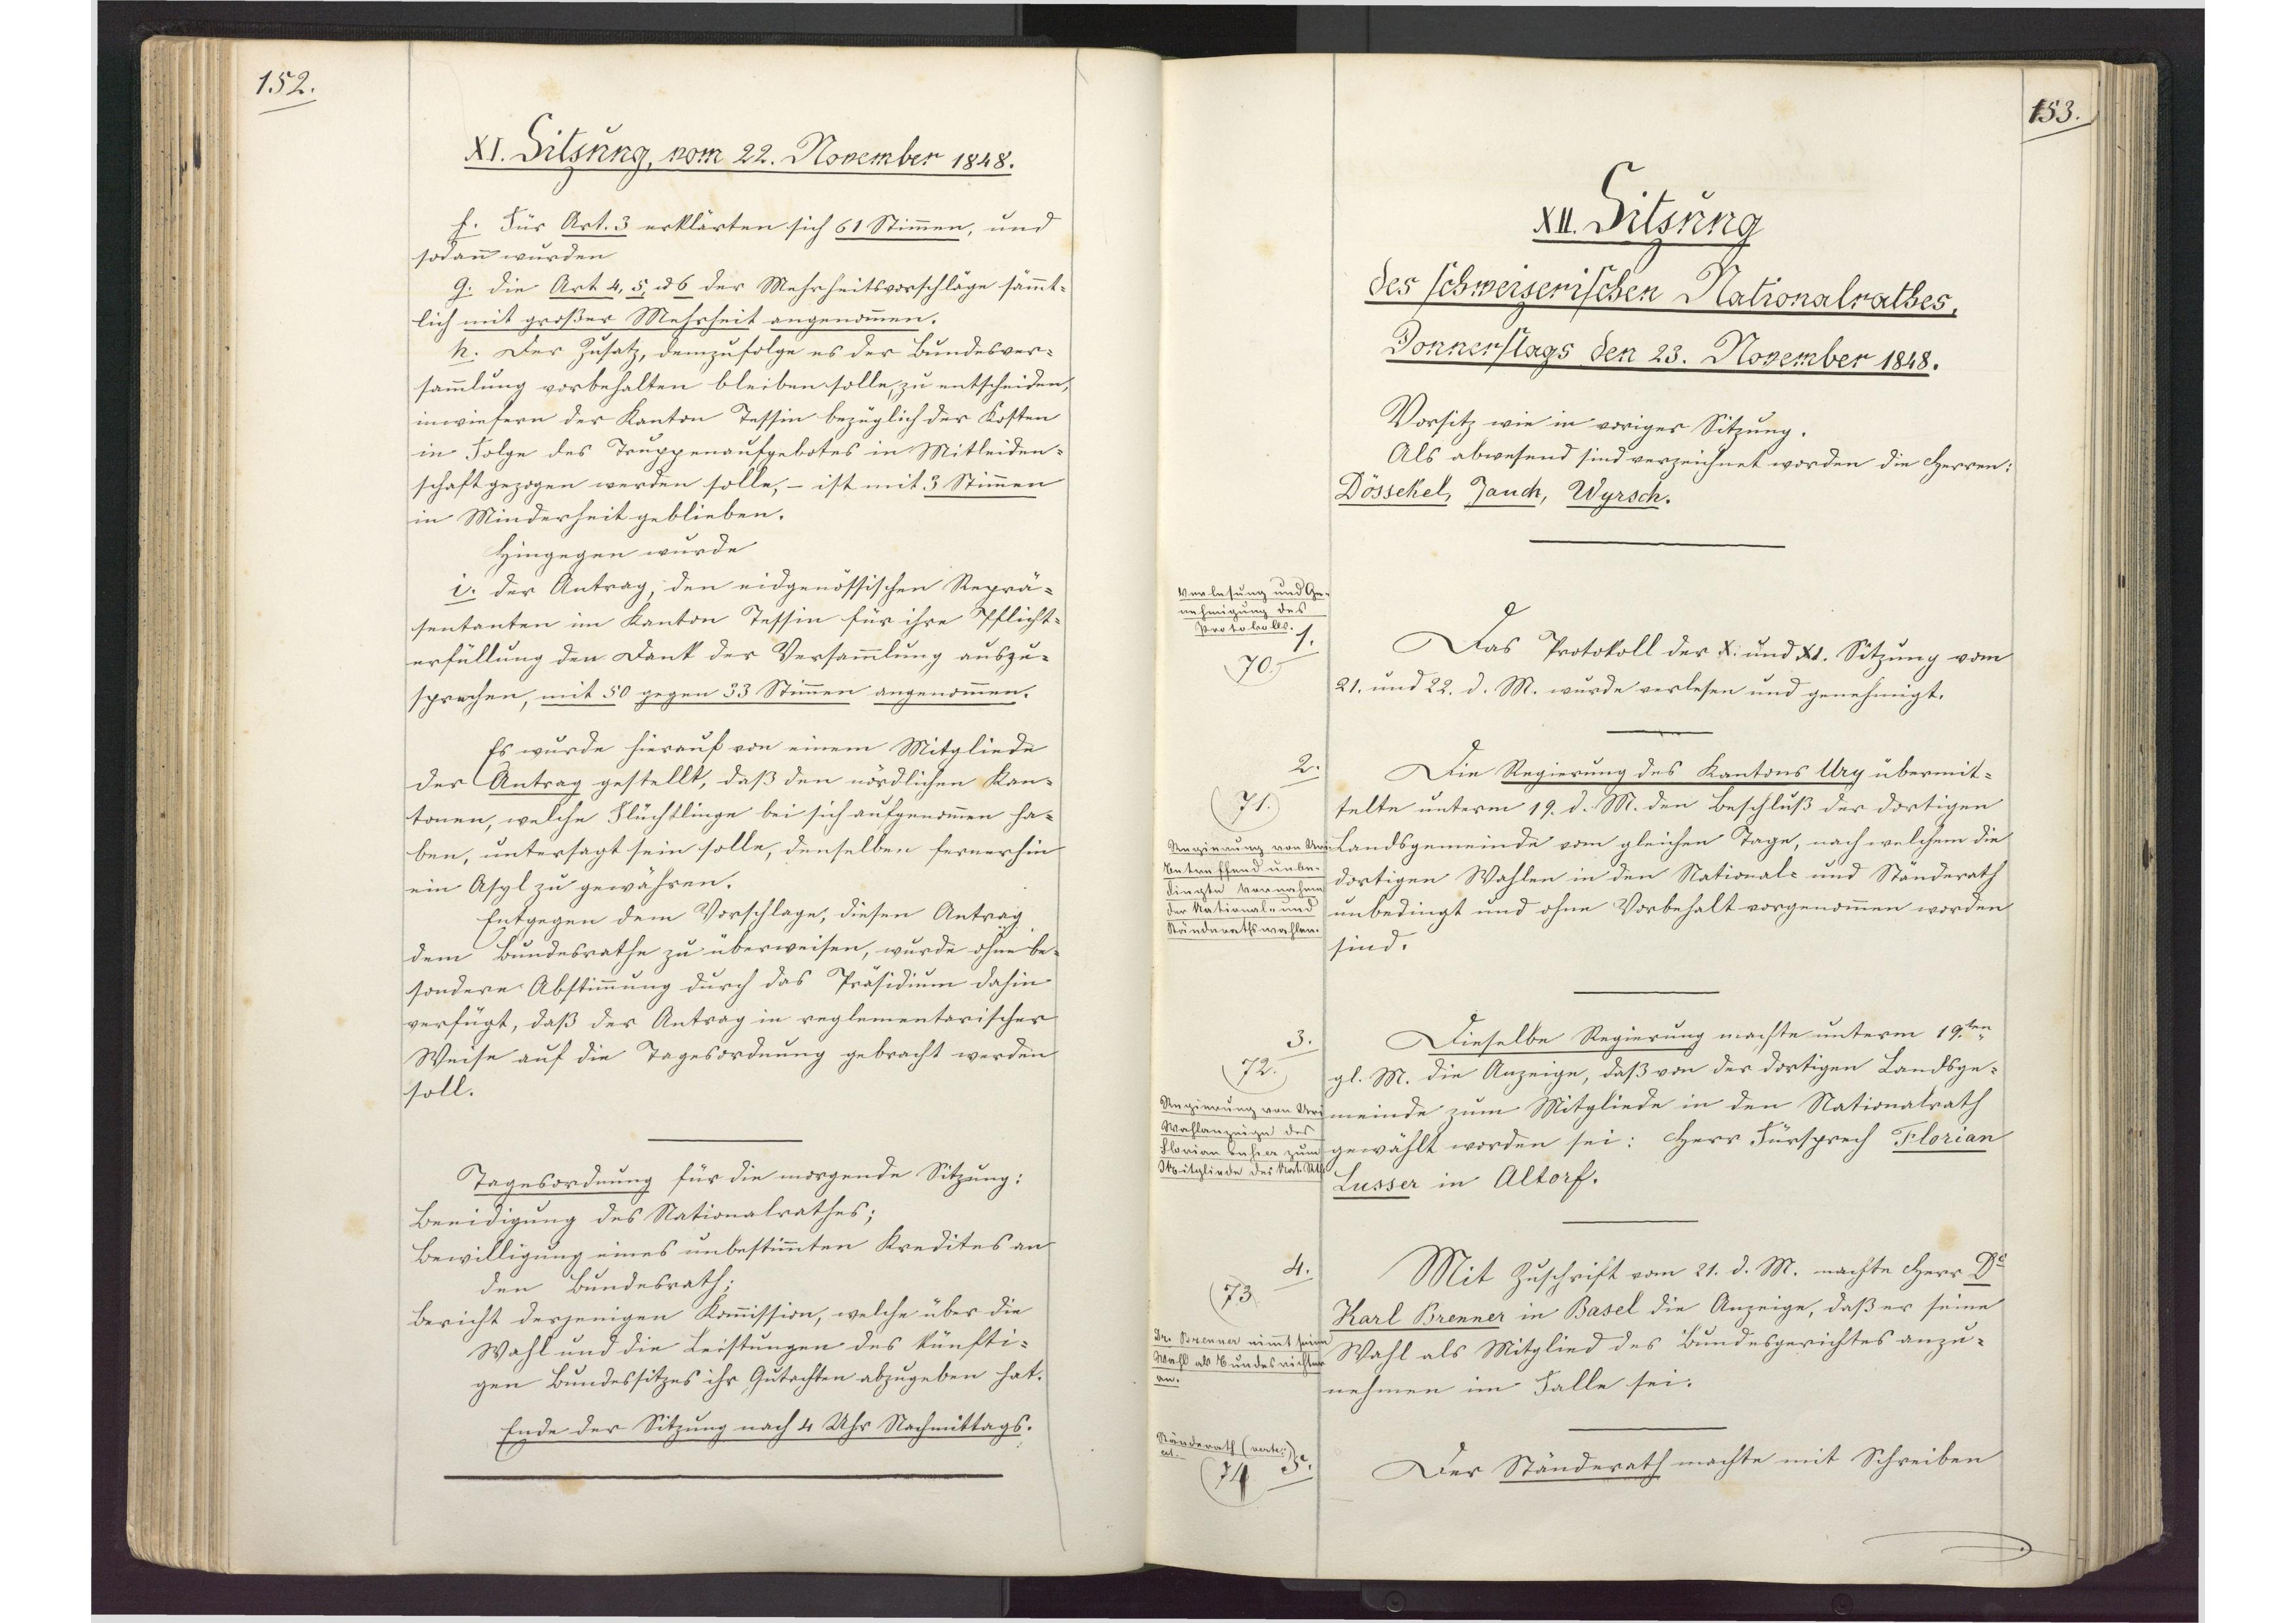
152.

XI. Sitzung, vom 22. November 1848.

f. Für Art. 3 erklärten sich 61 Stimmen, und
sodann wurden
g. die Art 4, 5 und 6 der Mehrheitsvorschläge sämmt¬
lich mit großer Mehrheit angenommen.
h. Der Zusatz, demzufolge es der Bundesver¬
sammlung vorbehalten bleiben solle, zu entscheiden,
inwiefern der Kanton Tessin bezüglich der Kosten
in Folge des Truppenaufgebotes in Mitleiden¬
schaft gezogen werden solle, - ist mit 3 Stimmen
in Minderheit geblieben.
Hingegen wurde
i. der Antrag, den eidgenössischen Reprä¬
sentanten im Kanton Tessin für ihre Pflicht¬
erfüllung den Dank der Versammlung auszu¬
sprechen, mit 50 gegen 33 Stimmen angenommen.
Es wurde hierauf von einem Mitgliede
der Antrag gestellt, daß den nördlichen Kan¬
tonen, welche Flüchtlinge bei sich aufgenommen ha¬
ben, untersagt sein solle, denselben fernerhin
ein Asyl zu gewähren.
Entgegen dem Vorschlage, diesen Antrag
dem Bundesrathe zu überweisen, wurde ohne be¬
sondere Abstimmung durch das Präsidium dahin
verfügt, daß der Antrag in reglementarischer
Weise auf die Tagesordnung gebracht werden
soll.
Tagesordnung für die morgende Sitzung:
Beeidigung des Nationalrathes;
Bewilligung eines unbestimmten Kredites an
den Bundesrath.
Bericht derjenigen Kommission, welche über die
Wahl und die Leistungen des künfti¬
gen Bundessitzes ihr Gutachten abzugeben hat.
Ende der Sitzung nach 4 Uhr Nachmittags.